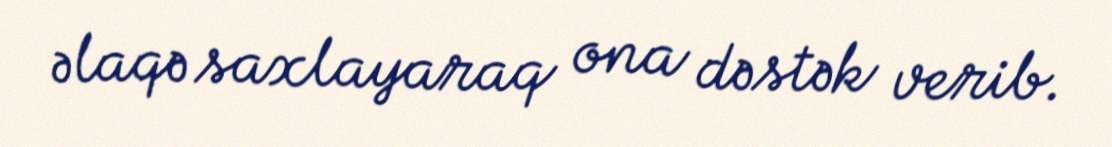
əlaqə saxlayaraq ona dəstək verib.